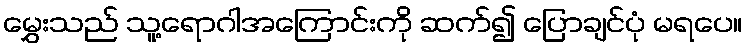
မွှေးသည် သူ့ရောဂါအကြောင်းကို ဆက်၍ ပြောချင်ပုံ မရပေ။